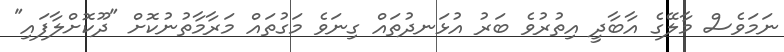
ނަމަވެސް މާލޭގެ އާބާދީ އިތުރުވެ ބަރު އުޅަނދުތައް ގިނަވެ މަގުތައް މަރާމާތުނުކޮށް "ދޫކޮށްލާފައި"